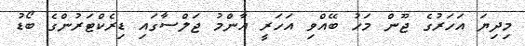
މިދިޔަ އަހަރުގެ ޖޫން މަހު ބޭއްވި އަހަރީ އާންމު ޖަލްސާގައި ޑިރެކްޓަރުންގެ ބޯޑު